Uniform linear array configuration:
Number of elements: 64
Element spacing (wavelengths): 0.25
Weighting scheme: cosine
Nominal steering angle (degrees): -60
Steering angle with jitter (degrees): -61.258
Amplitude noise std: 0.05
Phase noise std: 0.05

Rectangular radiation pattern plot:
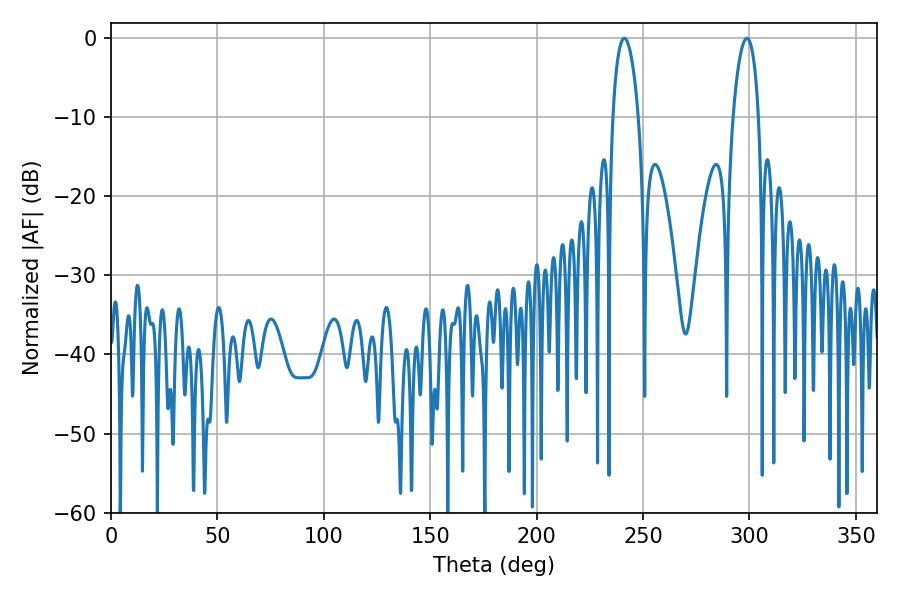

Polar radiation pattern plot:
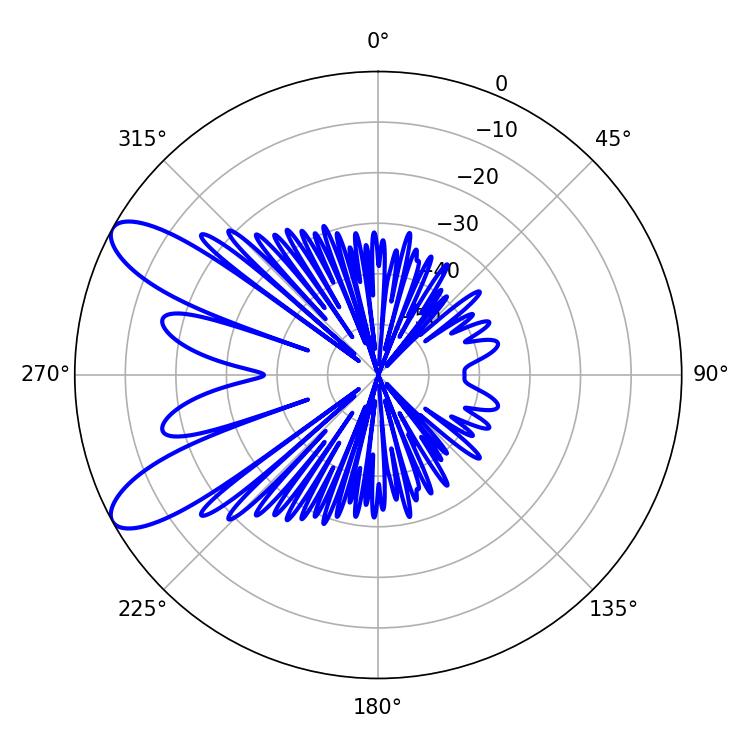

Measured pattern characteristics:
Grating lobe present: FALSE
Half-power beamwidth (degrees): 6.84
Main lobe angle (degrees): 241.2